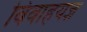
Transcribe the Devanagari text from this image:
विवाहयज्ञ